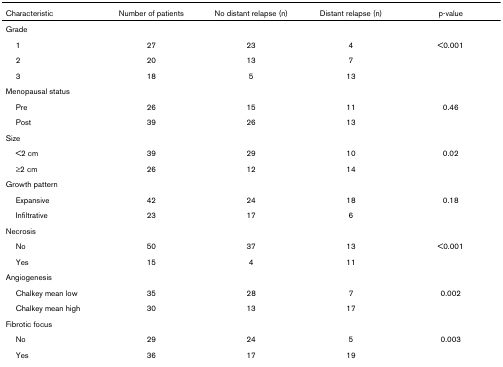
<table><thead><tr><td><b>Characteristic</b></td><td><b>Number of patients</b></td><td><b>No distant relapse (n)</b></td><td><b>Distant relapse (n)</b></td><td><b>p-value</b></td></tr></thead><tbody><tr><td>Grade</td><td></td><td></td><td></td><td></td></tr><tr><td> 1</td><td>27</td><td>23</td><td>4</td><td>&lt;0.001</td></tr><tr><td> 2</td><td>20</td><td>13</td><td>7</td><td></td></tr><tr><td> 3</td><td>18</td><td>5</td><td>13</td><td></td></tr><tr><td>Menopausal status</td><td></td><td></td><td></td><td></td></tr><tr><td> Pre</td><td>26</td><td>15</td><td>11</td><td>0.46</td></tr><tr><td> Post</td><td>39</td><td>26</td><td>13</td><td></td></tr><tr><td>Size</td><td></td><td></td><td></td><td></td></tr><tr><td> &lt;2 cm</td><td>39</td><td>29</td><td>10</td><td>0.02</td></tr><tr><td> ≥2 cm</td><td>26</td><td>12</td><td>14</td><td></td></tr><tr><td>Growth pattern</td><td></td><td></td><td></td><td></td></tr><tr><td> Expansive</td><td>42</td><td>24</td><td>18</td><td>0.18</td></tr><tr><td> Infiltrative</td><td>23</td><td>17</td><td>6</td><td></td></tr><tr><td>Necrosis</td><td></td><td></td><td></td><td></td></tr><tr><td> No</td><td>50</td><td>37</td><td>13</td><td>&lt;0.001</td></tr><tr><td> Yes</td><td>15</td><td>4</td><td>11</td><td></td></tr><tr><td>Angiogenesis</td><td></td><td></td><td></td><td></td></tr><tr><td> Chalkey mean low</td><td>35</td><td>28</td><td>7</td><td>0.002</td></tr><tr><td> Chalkey mean high</td><td>30</td><td>13</td><td>17</td><td></td></tr><tr><td>Fibrotic focus</td><td></td><td></td><td></td><td></td></tr><tr><td> No</td><td>29</td><td>24</td><td>5</td><td>0.003</td></tr><tr><td> Yes</td><td>36</td><td>17</td><td>19</td><td></td></tr></tbody></table>